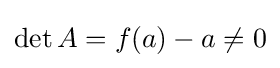
\det A=f(a)-a\neq 0